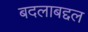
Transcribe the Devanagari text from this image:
बदलाबद्दल